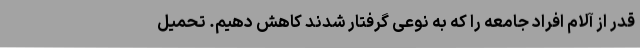
قدر از آلام افراد جامعه را که به نوعی گرفتار شدند کاهش دهیم. تحمیل